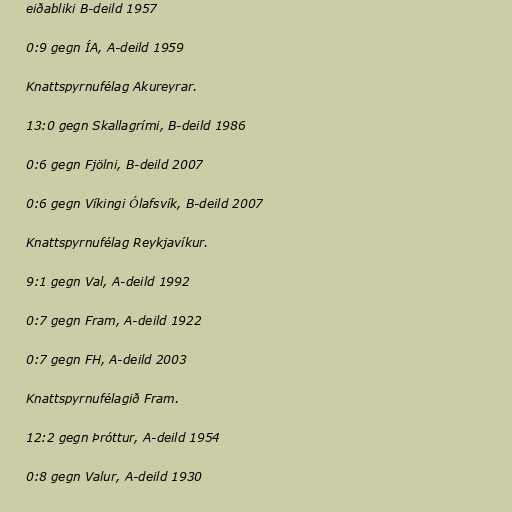
eiðabliki B-deild 1957

0:9 gegn ÍA, A-deild 1959

Knattspyrnufélag Akureyrar.

13:0 gegn Skallagrími, B-deild 1986

0:6 gegn Fjölni, B-deild 2007

0:6 gegn Víkingi Ólafsvík, B-deild 2007

Knattspyrnufélag Reykjavíkur.

9:1 gegn Val, A-deild 1992

0:7 gegn Fram, A-deild 1922

0:7 gegn FH, A-deild 2003

Knattspyrnufélagið Fram.

12:2 gegn Þróttur, A-deild 1954

0:8 gegn Valur, A-deild 1930